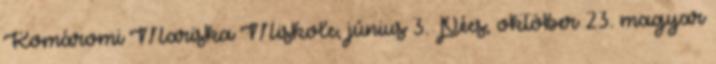
Komáromi Mariska Miskolc, június 3. Pécs, október 23. magyar